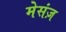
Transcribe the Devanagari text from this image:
मेसंज़